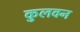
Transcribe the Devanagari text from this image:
कुलवन